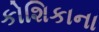
કોશિકાના